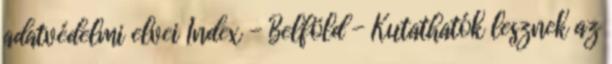
adatvédelmi elvei Index - Belföld - Kutathatók lesznek az